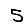
Digit: 5